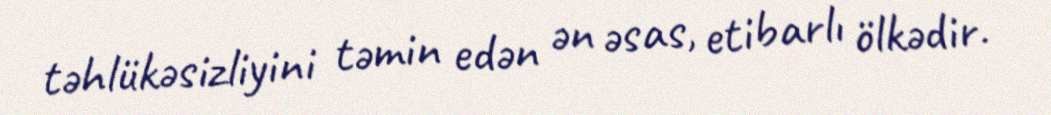
təhlükəsizliyini təmin edən ən əsas, etibarlı ölkədir.